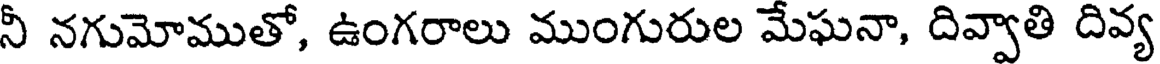
నీ నగుమోముతో, ఉంగరాలు ముంగురుల మేఘనా, దివ్వాతి దివ్య